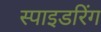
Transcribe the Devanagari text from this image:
स्पाइडरिंग